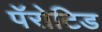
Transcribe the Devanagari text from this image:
पॅरोटिड